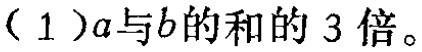
\((1)3(a + b)\)